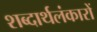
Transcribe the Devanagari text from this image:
शब्दार्थलंकारों